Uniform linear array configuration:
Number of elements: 16
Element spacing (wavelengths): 0.5
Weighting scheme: hamming
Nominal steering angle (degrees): -15
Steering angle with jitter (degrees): -13.418
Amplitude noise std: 0.05
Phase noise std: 0.05

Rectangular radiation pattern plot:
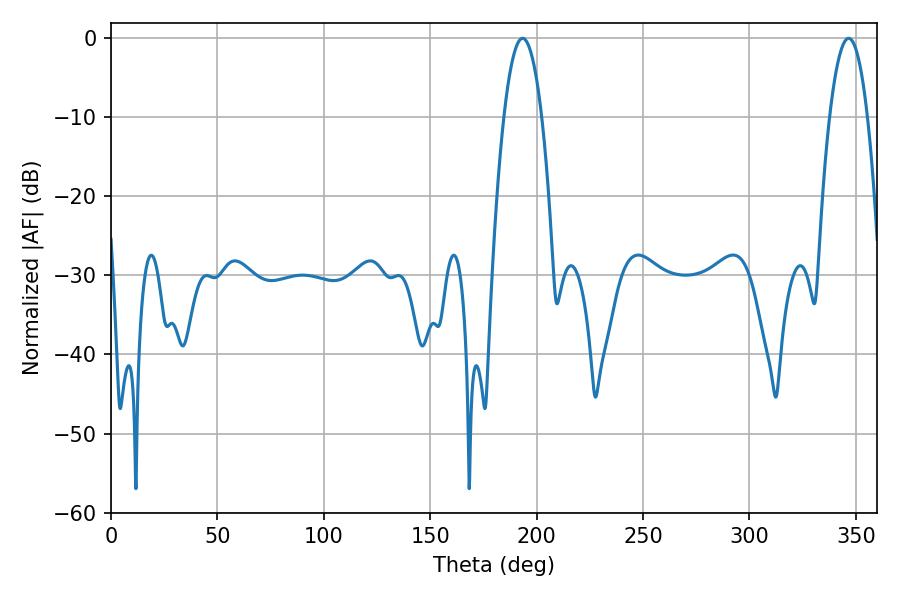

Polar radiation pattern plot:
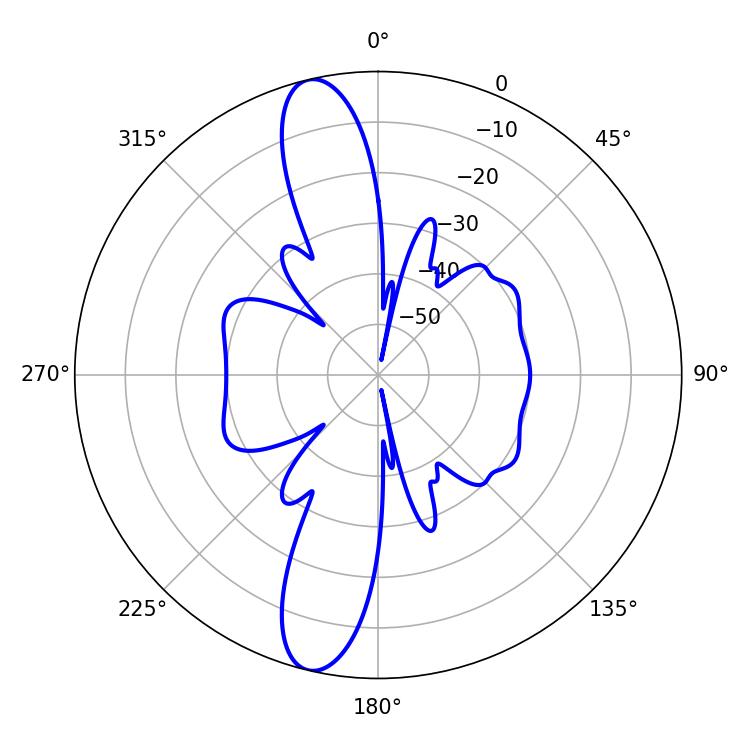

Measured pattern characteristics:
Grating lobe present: FALSE
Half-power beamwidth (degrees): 9.9
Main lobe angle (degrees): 193.32